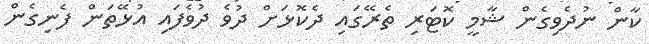
ކާން ނުދެވިގެން ޝާމީ ކޮޓަރި ތެރޭގައި ދެކޮޅަށް ދުވެ ދުވެފައި އުޅޭތަން ފެނިގެން